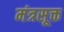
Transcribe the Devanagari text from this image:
मंत्रसूक्त